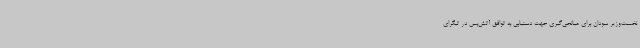
نخست‌وزیر سودان برای میانجی‌گیری جهت دستیابی به توافق آتش‌بس در تیگرای